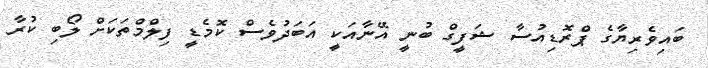
ބައިވެރިޔާގެ ޕްރޮޑިއުސާ ޝަފީގް ބުނީ އޭނާއަކީ އަބަދުވެސް ކޮމެޑީ ފިލްމްތަކަށް ލޯބި ކުރާ